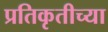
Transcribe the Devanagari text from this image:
प्रतिकृतीच्या